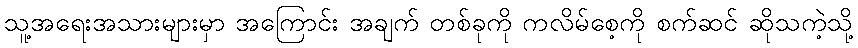
သူ့အရေးအသားများမှာ အကြောင်း အချက် တစ်ခုကို ကလိမ်စေ့ကို စက်ဆင် ဆိုသကဲ့သို့